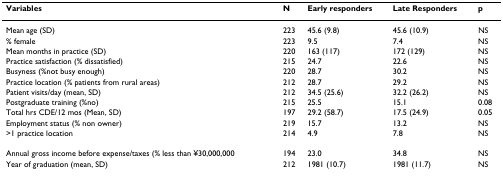
<table><thead><tr><td><b>Variables</b></td><td><b>N</b></td><td><b>Early responders</b></td><td><b>Late Responders</b></td><td><b>p</b></td></tr></thead><tbody><tr><td>Mean age (SD)</td><td>223</td><td>45.6 (9.8)</td><td>45.6 (10.9)</td><td>NS</td></tr><tr><td>% female</td><td>223</td><td>9.5</td><td>7.4</td><td>NS</td></tr><tr><td>Mean months in practice (SD)</td><td>220</td><td>163 (117)</td><td>172 (129)</td><td>NS</td></tr><tr><td>Practice satisfaction (% dissatisfied)</td><td>215</td><td>24.7</td><td>22.6</td><td>NS</td></tr><tr><td>Busyness (%not busy enough)</td><td>220</td><td>28.7</td><td>30.2</td><td>NS</td></tr><tr><td>Practice location (% patients from rural areas)</td><td>212</td><td>28.7</td><td>29.2</td><td>NS</td></tr><tr><td>Patient visits/day (mean, SD)</td><td>212</td><td>34.5 (25.6)</td><td>32.2 (26.2)</td><td>NS</td></tr><tr><td>Postgraduate training (%no)</td><td>215</td><td>25.5</td><td>15.1</td><td>0.08</td></tr><tr><td>Total hrs CDE/12 mos (Mean, SD)</td><td>197</td><td>29.2 (58.7)</td><td>17.5 (24.9)</td><td>0.05</td></tr><tr><td>Employment status (% non owner)</td><td>219</td><td>15.7</td><td>13.2</td><td>NS</td></tr><tr><td>&gt;1 practice location</td><td>214</td><td>4.9</td><td>7.8</td><td>NS</td></tr><tr><td>Annual gross income before expense/taxes (% less than ¥30,000,000</td><td>194</td><td>23.0</td><td>34.8</td><td>NS</td></tr><tr><td>Year of graduation (mean, SD)</td><td>212</td><td>1981 (10.7)</td><td>1981 (11.7)</td><td>NS</td></tr></tbody></table>